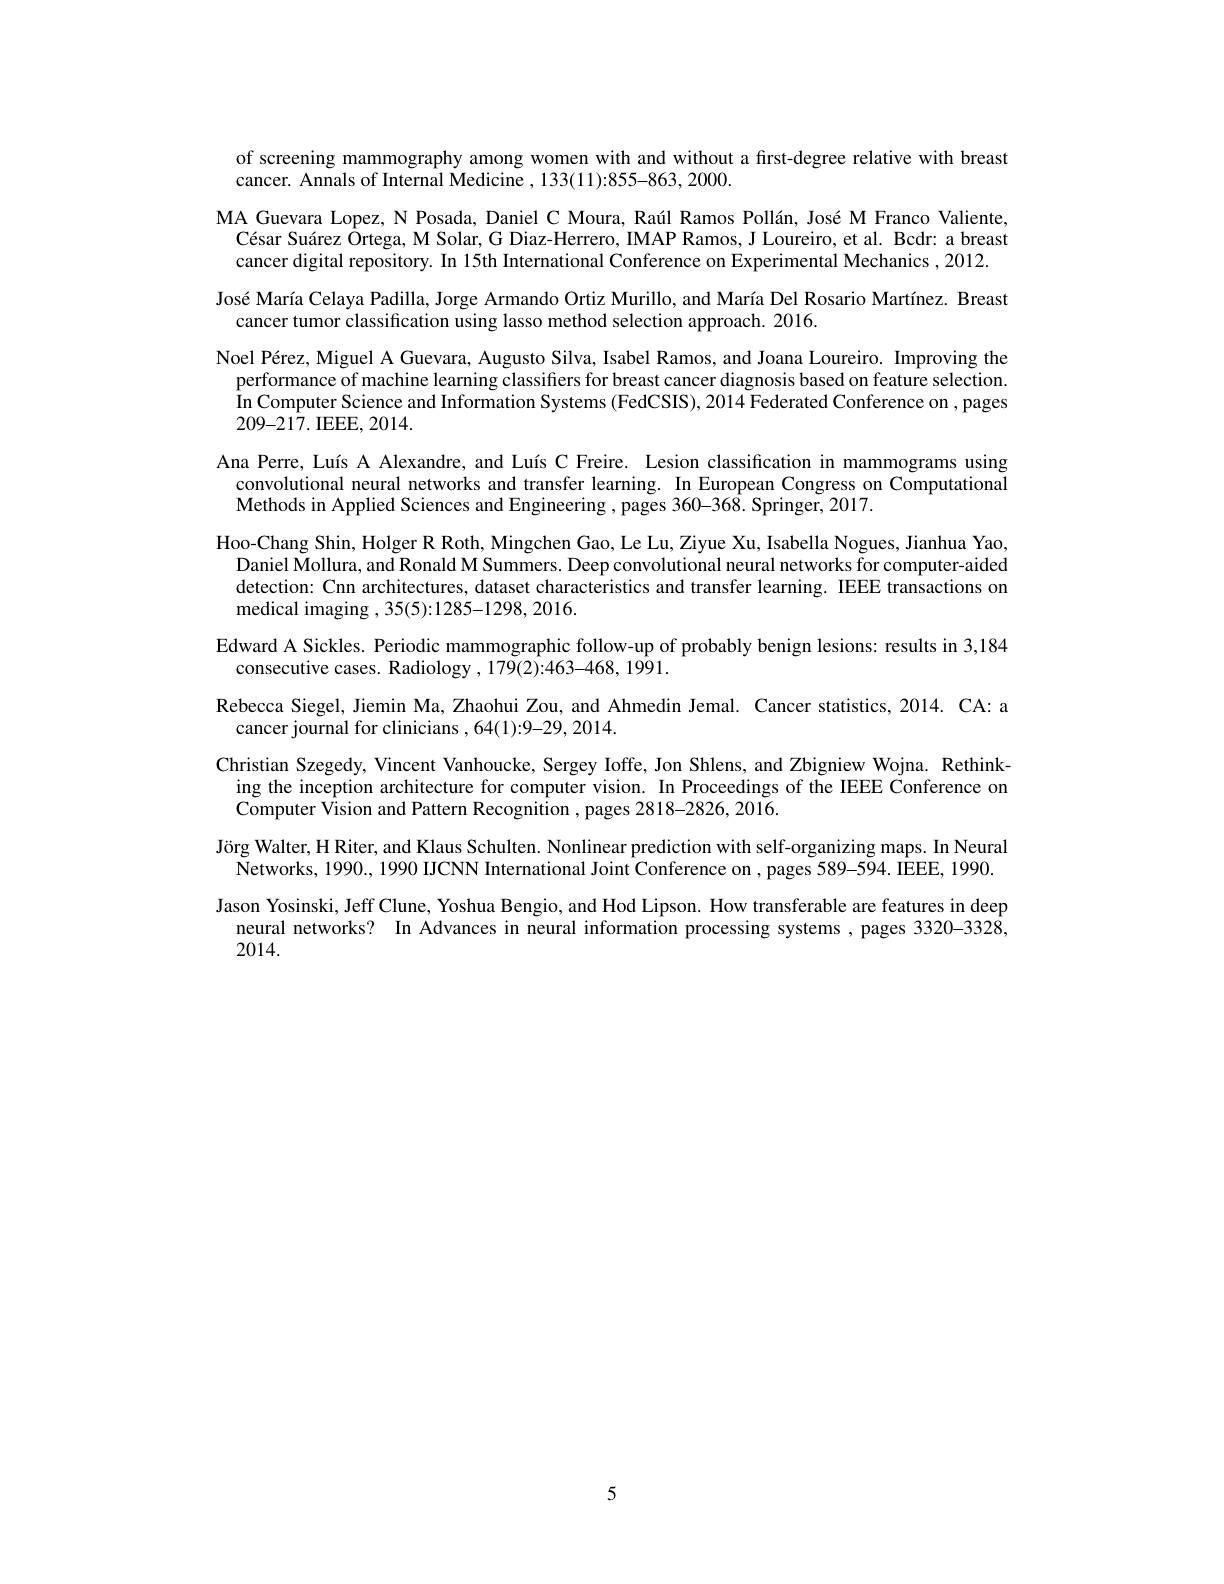
of screening mammography among women with and without a frst-degree relative with breast
cancer. Annals of Internal Medicine , 133(11):855-863, 2000.
MA Guevara Lopez, N Posada, Daniel C Moura, Raúl Ramos Pollán, José M Franco Valiente,
César Suárez Örtega, M Solar, G Diaz-Herrero, IMAP Ramos, J Loureiro, et al. Bcdr: a breast
cancer digital repository. In 15th International Conference on Experimental Mechanics , 2012.
José María Celaya Padilla, Jorge Armando Ortiz Murillo, and María Del Rosario Martínez. Breast
cancer tumor classification using lasso method selection approach. 2016.
Noel Pérez, Miguel A Guevara, Augusto Silva, Isabel Ramos, and Joana Loureiro. Improving the
performance of machine learning classifiers for breast cancer diagnosis based on feature selection. In Computer Science and Information Systems (FedCSIS), 2014 Federated Conference on , pages 209-217.IEEE, 2014.
Ana Perre, Luís A Alexandre, and Luís C Freire. Lesion classification in mammograms using
convolutional neural networks and transfer learning. In European Congress on Computational
Methods in Applied Sciences and Engineering , pages 360-368. Springer, 2017.
Hoo-Chang Shin, Holger R Roth, Mingchen Gao, Le Lu, Ziyue Xu, Isabella Nogues, Jianhua Yao,
Daniel Mollura, and Ronald M Summers. Deep convolutional neural networks for computer-aided detection: Cnn architectures, dataset characteristics and transfer learning. IEEE transactions on medical imaging ,35(5):1285-1298,2016.
Edward A Sickles. Periodic mammographic follow-up of probably benign lesions: results in 3,184
consecutive cases. Radiology ,179(2){:}463{-}468,1991.
Rebecca Siegel, Jiemin Ma, Zhaohui Zou, and Ahmedin Jemal. Cancer statistics, 2014. CA: a
cancer journal for clinicians ,64(1){:}9{-}29,2014.
Christian Szegedy, Vincent Vanhoucke, Sergey Ioffe, Jon Shlens, and Zbigniew Wojna. Rethink-
ing the inception architecture for computer vision. In Proceedings of the IEEE Conference on
Computer Vision and Pattern Recognition , pages 2818-2826, 2016.
Jörg Walter, H Riter, and Klaus Schulten. Nonlinear prediction with self-organizing maps. In Neural Networks, 1990., 1990 IJCNN International Joint Conference on , pages 589-594. IEEE, 1990.
Jason Yosinski, Jeff Clune, Yoshua Bengio, and Hod Lipson. How transferable are features in deep
neural networks? In Advances in neural information processing systems , pages 3320-3328,
2014.

5